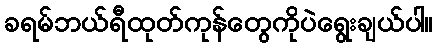
ခရမ်ဘယ်ရီထုတ်ကုန်တွေကိုပဲရွေးချယ်ပါ။